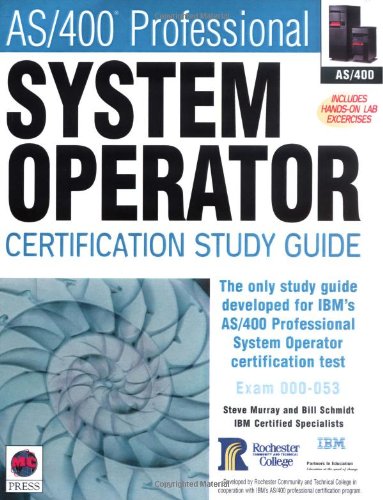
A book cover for AS/400Â® Professional System Operator Certification Study Guide; Steve Murray; Computers & Technology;